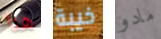
هنا خيبة مادو